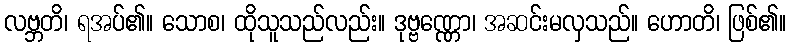
လဗ္ဘတိ၊ ရအပ်၏။ သောစ၊ ထိုသူသည်လည်း။ ဒုဗ္ဗဏ္ဏော၊ အဆင်းမလှသည်။ ဟောတိ၊ ဖြစ်၏။